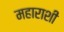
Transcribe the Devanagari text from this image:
महाराशी